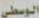
الوسطى